Vaccination United Provinces of Agra and Oudh 1902-1913 - 1902-1913
Year: 1902
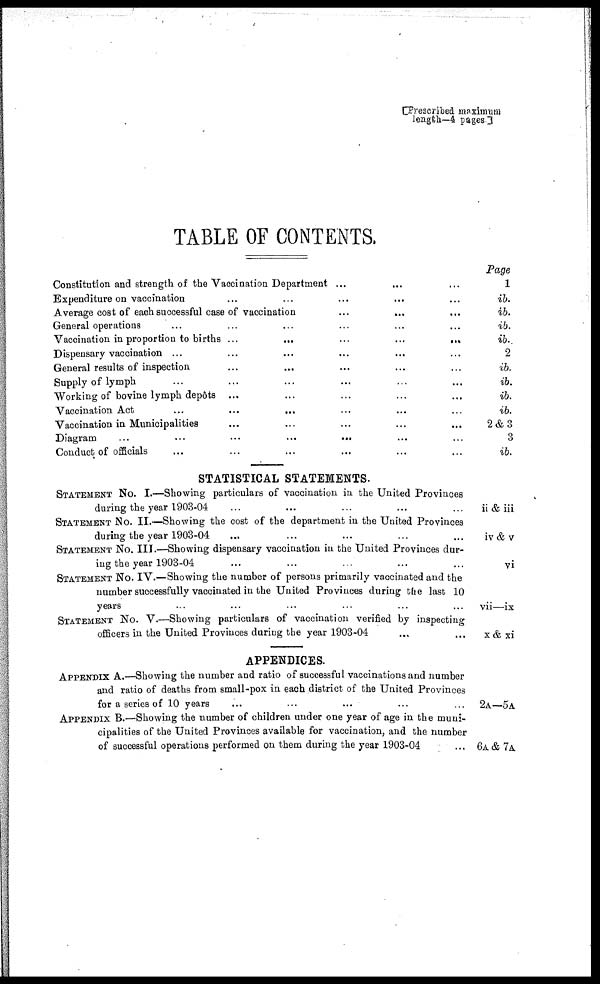
[Prescribed maximum
length—4 pages.]
TABLE OF CONTENTS.
Constitution and strength of the Vaccination Department ... ... ...
Expenditure on vaccination ... ... ... ... ...
Average cost of each successful case of vaccination ... ... ... ...
General operations ... ... ... ... ... ...
Vaccination in proportion to births ...
...
...
...
...
Dispensary vaccination ... ... ... ... ... ...
General results of inspection ... ... ... ... ...
Supply of lymph ... ... ... ... ... ...
Working of bovine lymph depôts ... ... ... ... ...
Vaccination Act
...
...
... ... ... ...
Vaccination in Municipalities ... ... ... ... ...
Diagram
...
...
...
...
... ... ...
Conduct of officials ... ... ... ... ... ...
STATISTICAL STATEMENTS.
STATEMENT NO. I.—Showing particulars of vaccination in the United Provinces
during the year 1903-04 ... ... ... ... ...
STATEMENT No. II.—Showing the cost of the department in the United Provinces
during the year 1903-04 ... ... ... ... ...
STATEMENT No. III.—Showing dispensary vaccination in the United Provinces dur-
ing the year 1903-04 ... ... ... ... ...
STATEMENT No. IV.—Showing the number of persons primarily vaccinated and the
number successfully vaccinated in the United Provinces during the last 10
years ... ... ... ... ... ...
STATEMENT No. V.—Showing particulars of vaccination verified by inspecting
officers in the United Provinces during the year 1903-04 ... ...
APPENDICES.
APPENDIX A.—Showing the number and ratio of successful vaccinations and number
and ratio of deaths from small-pox in each district of the United Provinces
for a series of 10 years ... ... ... ... ...
APPENDIX B.—Showing the number of children under one year of age in the muni-
cipalities of the United Provinces available for vaccination, and the number
of successful operations performed on them during the year 1903-04 ...
Page
1
ib.
ib.
ib.
ib.
2
ib.
ib.
ib.
ib.
2&3
3
ib.
ii & iii
iv & v
vi
vii—ix
x & xi
2A—5A
6A&7A